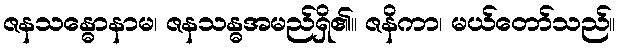
ဇနသန္ဓောနာမ၊ ဇနသန္ဓအမည်ရှိ၏။ ဇနိကာ၊ မယ်တော်သည်။